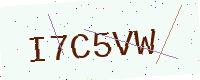
Text: I7C5VW